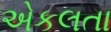
એકલતા